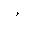
Letter: _hamza